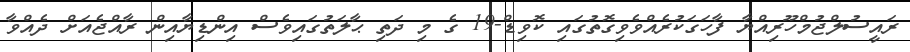
ރައީސުލްޖުމްހޫރިއްޔާ ފާހަގަކުރެއްވެވިގޮތުގައި ކޮވިޑް-19 ގެ މި ދަތި ޙާލަތުގައިވެސް އިންޑިޔާއިން ރާއްޖެއަށް ދެއްވާ